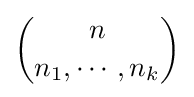
{\binom {n}{n_{1},\cdots ,n_{k}}}